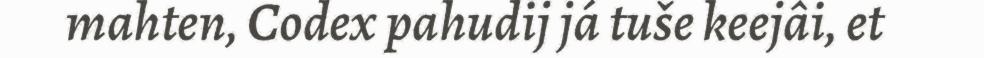
mahten, Codex pahudij já tuše keejâi, et